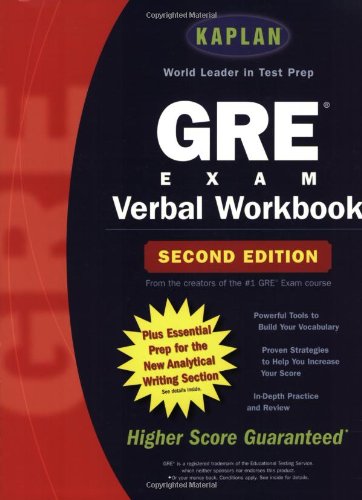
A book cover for Kaplan GRE Verbal Workbook, 2nd Edition; Kaplan; Test Preparation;